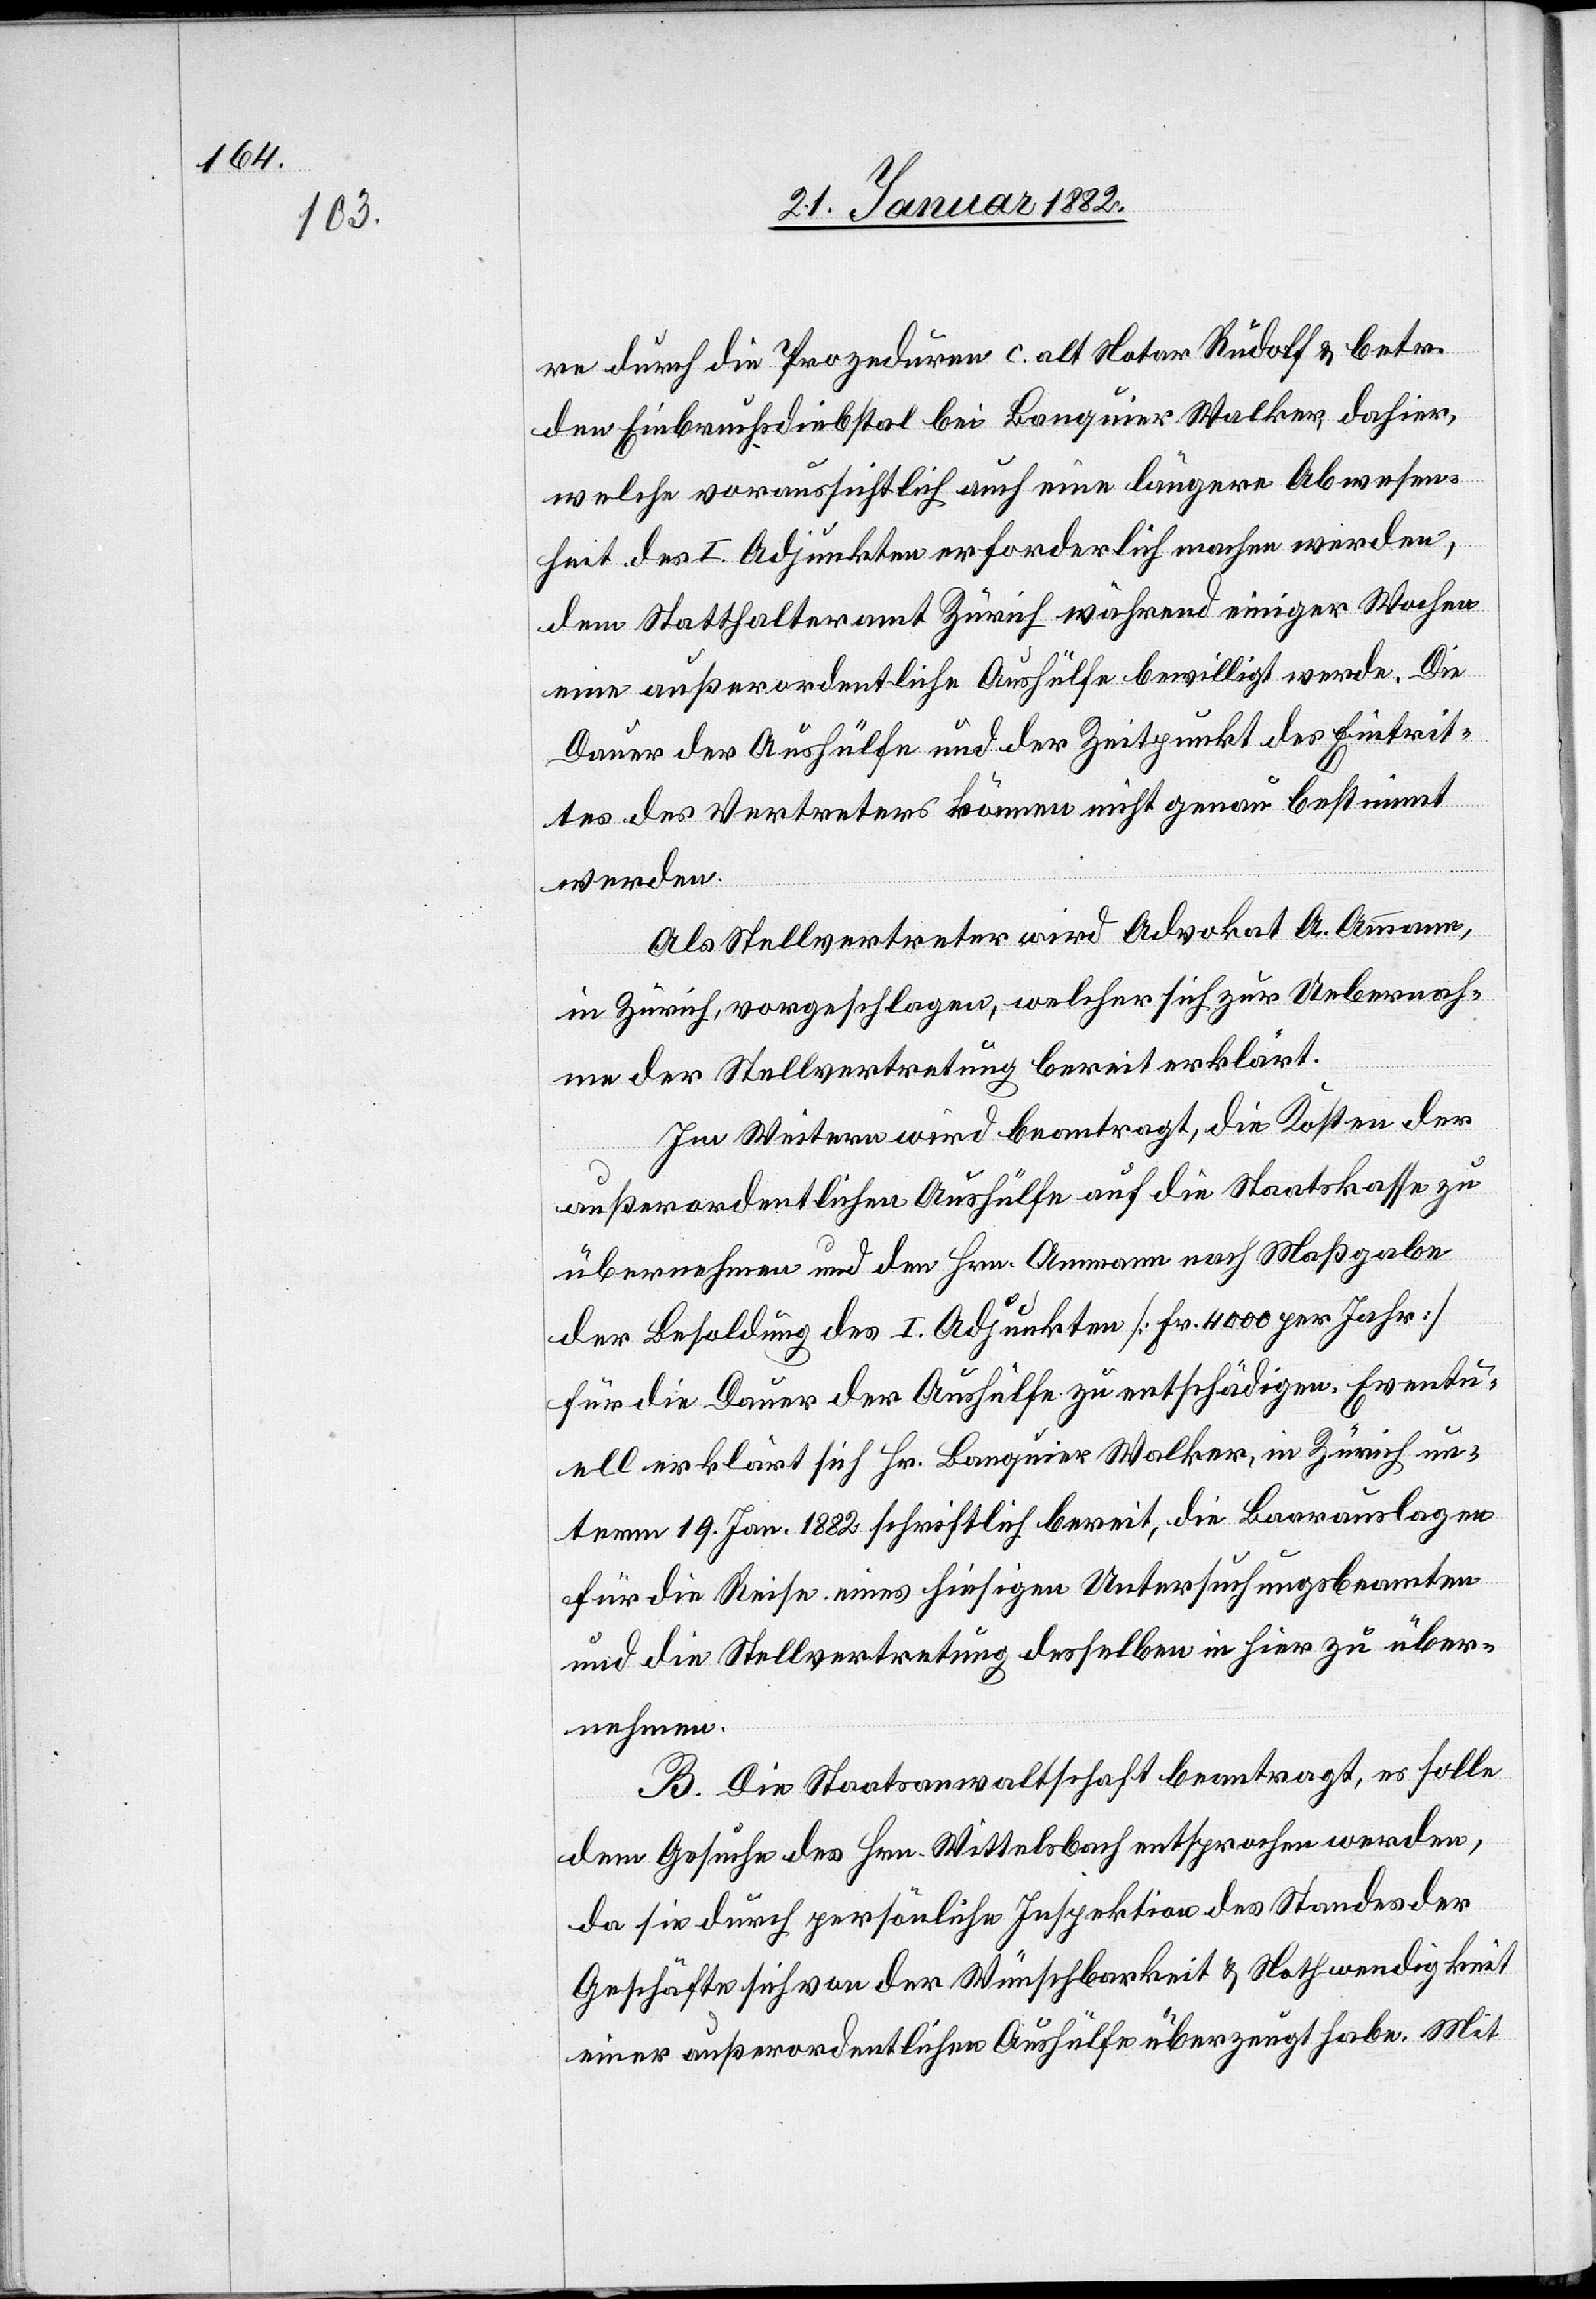
re durch die Prozeduren c. alt Notar Rudolf & betr.
den Einbruchsdiebstal bei Banquier Walker dahier,
welche voraussichtlich auch eine längere Abwesen¬
heit des I. Adjunkten erforderlich machen werden,
dem Statthalteramt Zürich während einiger Wochen
eine außerordentliche Aushülfe bewilligt werden. Die
Dauer der Aushülfe und der Zeitpunkt des Eintrit¬
tes des Vertreters können nicht genau bestimmt
werden.
Als Stellvertreter wird Advokat A. Ammann,
in Zürich, vorgeschlagen, welcher sich zur Uebernah¬
me der Stellvertretung bereit erklärt.
Im Weiteren wird beantragt, die Kosten der
außerordentlichen Aushülfe auf die Staatskasse zu
übernehmen und den Hrn. Ammann nach Maßgabe
der Besoldung des I Adjunkten [Fr. 4000 per Jahr]
für die Dauer der Aushilfe zu entschädigen. Eventu¬
ell erklärt sich Hr. Banquier Walker, in Zürich un¬
term 19. Jan. 1882 schriftlich bereit, die Baarauslagen
für die Reise eines hiesigen Untersuchungsbeamten
und die Stellvertretung desselben in hier zu über¬
nehmen.
B. Die Staatsanwaltschaft beantragt, es solle
dem Gesuche des Hrn. Wittelsbach entsprochen werden,
da sie durch persönliche Inspektion des Standes der
Geschäfte sich von der Wünschbarkeit & Nothwendigkeit
einer außerordentlichen Aushülfe überzeugt habe. Mit